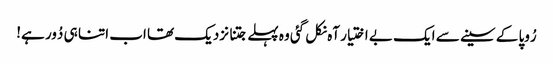
رُوپا کے سینے سے ایک بے اختیار آہ نکل گئی وہ پہلے جتنا نزدیک تھا اب اتنا ہی دُور ہے!